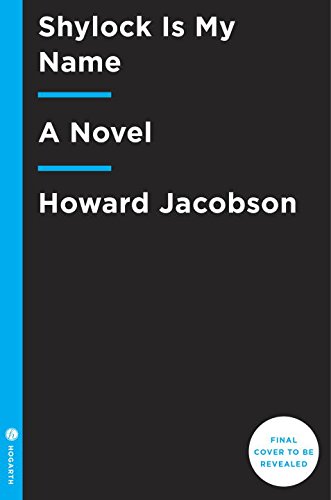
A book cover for Shylock Is My Name (Hogarth Shakespeare); Howard Jacobson; Literature & Fiction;